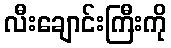
လီးချောင်းကြီးကို